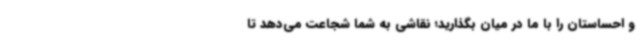
و احساستان را با ما در میان بگذارید؛ نقاشی به شما شجاعت می‌دهد تا